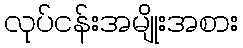
လုပ်ငန်းအမျိုးအစား